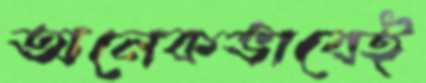
অনেকভাবেই